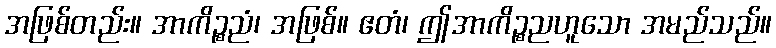
အဖြစ်တည်း။ အာကိဉ္စညံ၊ အဖြစ်။ ဧတံ၊ ဤအာကိဉ္စညဟူသော အမည်သည်။